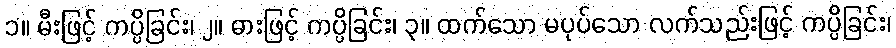
၁။ မီးဖြင့် ကပ္ပိခြင်း၊ ၂။ ဓားဖြင့် ကပ္ပိခြင်း၊ ၃။ ထက်သော မပုပ်သော လက်သည်းဖြင့် ကပ္ပိခြင်း၊